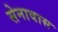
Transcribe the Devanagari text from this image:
सेनावास